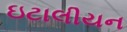
ઇટાલીયન